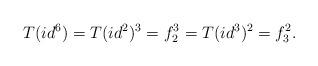
LaTeX: \begin{align*}T(id^6)=T(id^2)^3=f_2^3=T(id^3)^2=f_3^2.\end{align*}